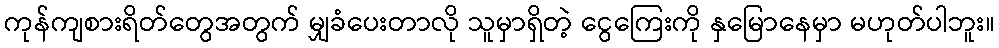
ကုန်ကျစားရိတ်တွေအတွက် မျှခံပေးတာလို သူမှာရှိတဲ့ ငွေကြေးကို နှမြောနေမှာ မဟုတ်ပါဘူး။